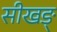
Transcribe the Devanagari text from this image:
सीखङ्